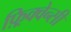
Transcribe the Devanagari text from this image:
फ़्रिक्वेन्सी